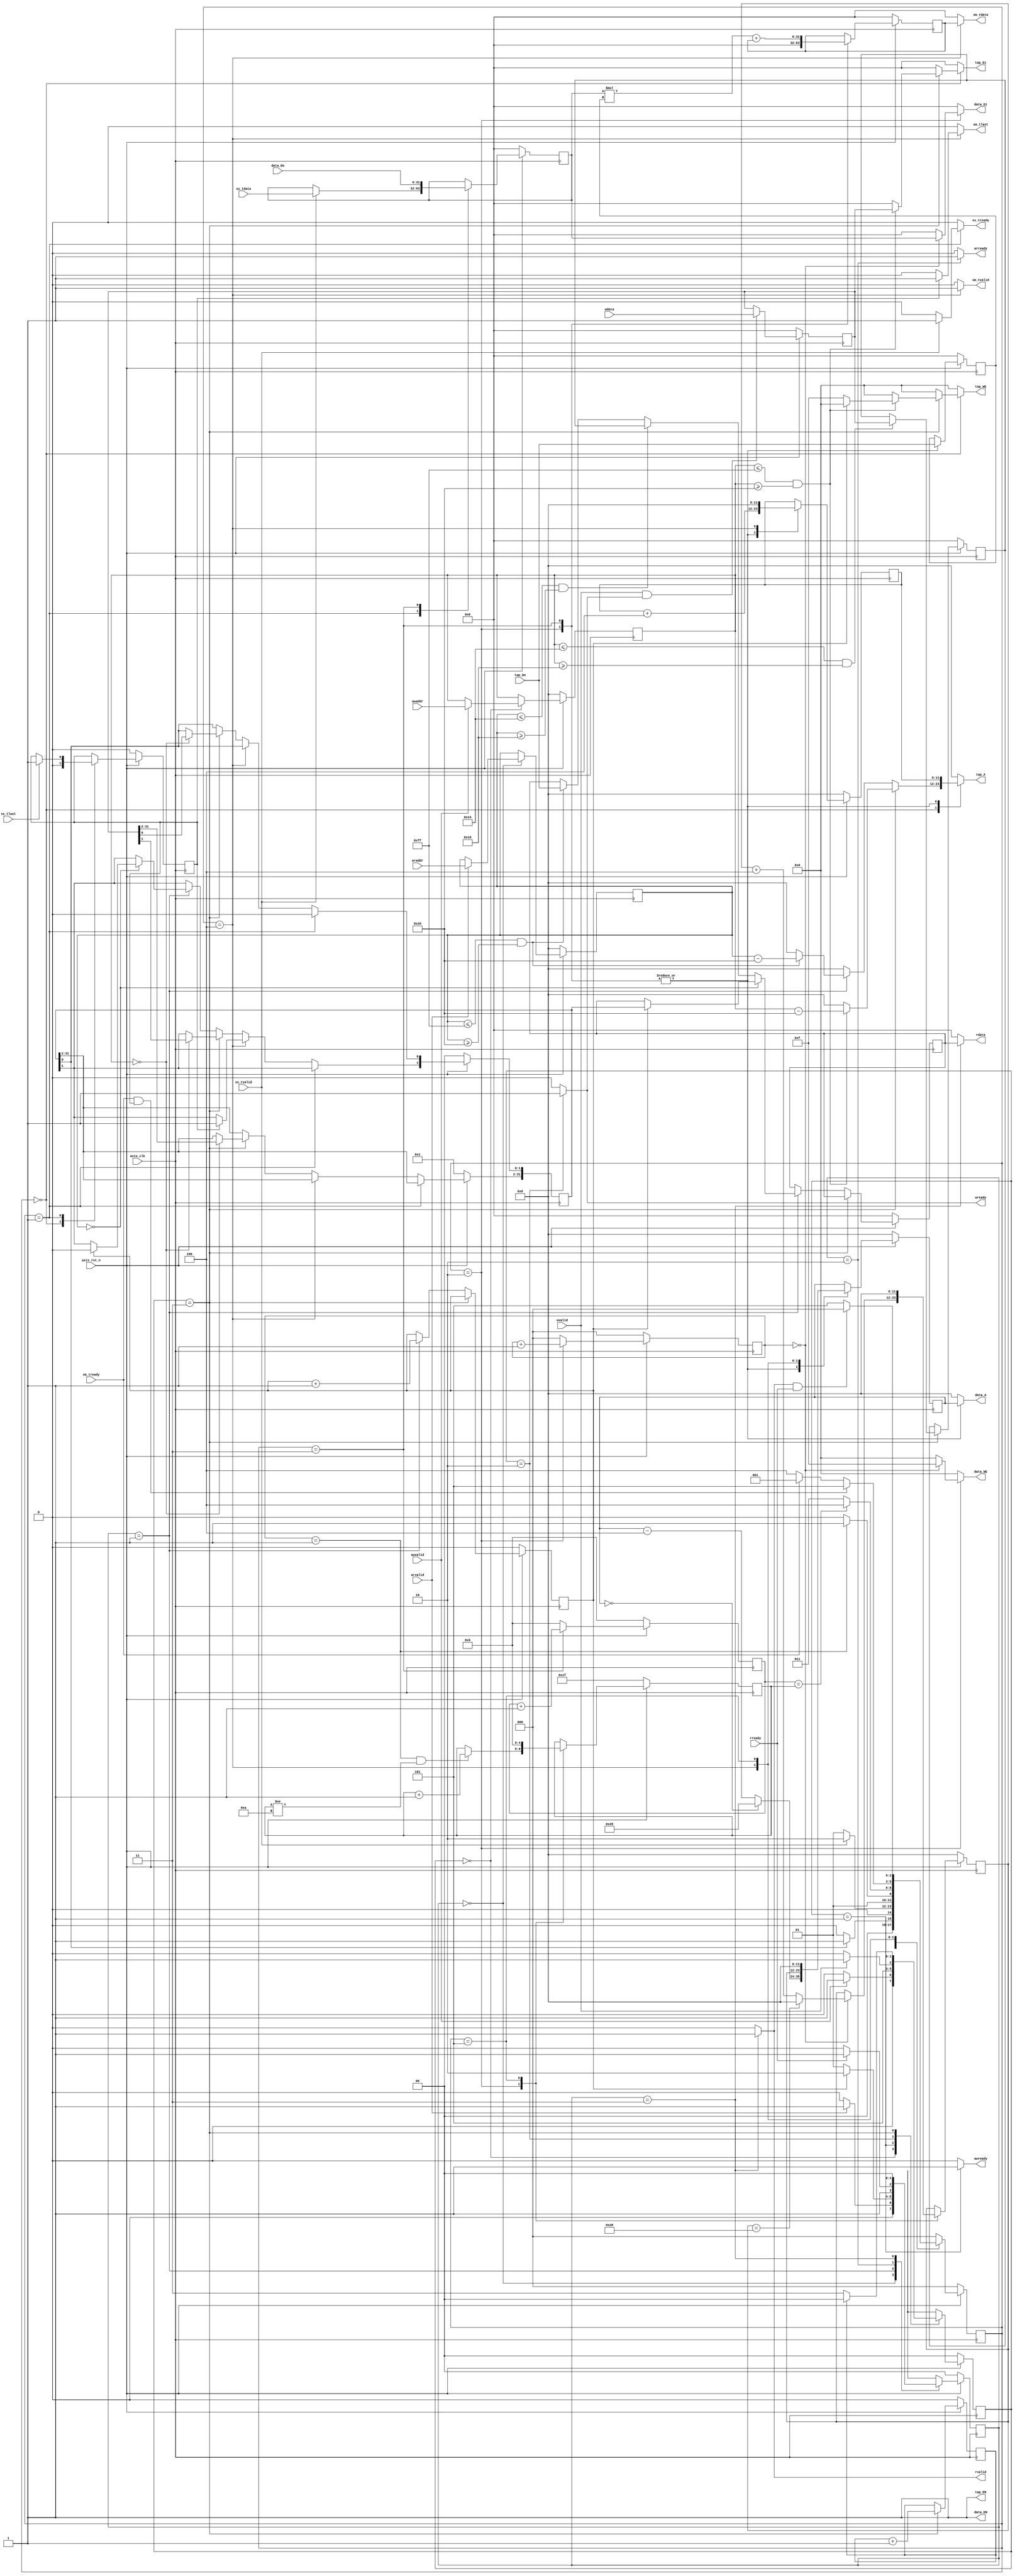
`timescale 1ns / 1ps
module fir 
#(  parameter pADDR_WIDTH = 12,
    parameter pDATA_WIDTH = 32,
    parameter Tape_Num    = 11
)
(
	//AXI Lite
    output  reg                     awready,
    output  reg                     wready,
    input   wire                     awvalid,
    input   wire [(pADDR_WIDTH-1):0] awaddr,
    input   wire                     wvalid,
    input   wire [(pDATA_WIDTH-1):0] wdata,
	
    output  reg                     arready,
    input   wire                     rready,
    input   wire                     arvalid,
    input   wire [(pADDR_WIDTH-1):0] araddr,
    output  reg                     rvalid,
    output  reg [(pDATA_WIDTH-1):0] rdata,
	
	//AXI Stream in
    input   wire                     ss_tvalid, 
    input   wire [(pDATA_WIDTH-1):0] ss_tdata, 
    input   wire                     ss_tlast, 
    output  reg                      ss_tready, 
	
	//AXI Stream out
    input   wire                     sm_tready, 
    output  reg                     sm_tvalid, 
    output  reg [(pDATA_WIDTH-1):0] sm_tdata, 
    output  reg                     sm_tlast, 
    
    // bram for tap RAM
    output  reg [3:0]               tap_WE,
    output  reg                     tap_EN,
    output  reg [(pDATA_WIDTH-1):0] tap_Di,
    output  reg [(pADDR_WIDTH-1):0] tap_A,
    input   wire [(pDATA_WIDTH-1):0] tap_Do,

    // bram for data RAM
    output  reg [3:0]               data_WE,
    output  reg                     data_EN,
    output  reg [(pDATA_WIDTH-1):0] data_Di,
    output  reg [(pADDR_WIDTH-1):0] data_A,
    input   wire [(pDATA_WIDTH-1):0] data_Do,

    input   wire                     axis_clk,
    input   wire                     axis_rst_n
);

parameter ST_IDLE     = 'd0,
		  ST_READ_RAM = 'd1,
		  ST_READ0    = 'd2,
		  ST_READ1    = 'd3;
		  
parameter ST_WRITE0    = 'd1,
		  ST_WRITE1    = 'd2,
		  ST_WRITE_RAM = 'd3;
		  
parameter ST_STREAMIN  = 'd1,
		  ST_RAM       = 'd2,
		  ST_CAL       = 'd3,
		  ST_STREAMOUT = 'd4,
		  ST_DONE	   = 'd5;
		  


reg [1:0]cs_axir, ns_axir;
reg [1:0]cs_axiw, ns_axiw;

reg [(pADDR_WIDTH-1):0] addr_read;
reg [(pADDR_WIDTH-1):0] addr_write;

reg [(pDATA_WIDTH-1):0] data_read;
reg [(pDATA_WIDTH-1):0] data_write;

reg [31:0] ap;
reg [31:0] data_length;


reg flag_ram_write_done;
reg flag_ram_read_done;
reg flag_ss_last;
reg flag_sm_last;

reg [2:0]cs, ns;

reg signed [31:0] data_x;
reg signed [31:0] data_y;

reg signed [31:0] coef;

reg [11:0]index_tap;
reg [11:0]index_data;
reg [11:0]index_tail_data;

reg [2:0]cnt_ram;
reg [4:0]cnt_cal;
reg [4:0]cnt_round;

//AXI Stream out
always@(*)begin
	sm_tdata  = 0;
	sm_tlast  = 0;
	sm_tvalid = 0;
	
	case(cs)
	ST_STREAMOUT:begin
		sm_tdata  = data_y;
		sm_tvalid = 1;
		if(flag_ss_last)begin
			sm_tlast = 1;
		end
		else begin
			sm_tlast = 0;
		end
	end
	endcase
end

always@(posedge axis_clk)begin
	if(!axis_rst_n)begin
		data_y <= 0;
	end
	else begin
		case(cs)
		ST_RAM:begin
			data_y <= 0;
		end
		ST_CAL:begin
			data_y <= data_x * coef + data_y;
		end
		endcase
	end
end


//data ram
//ST_RAM:
//cnt_ram = 0 -> write data into ram
//cnt_ram = 1 -> read data from ram
//ST_CAL:
//read data from ram by address shift


always@(*)begin
	data_WE = 4'b0;
	data_EN = 1'b1;
	data_Di = 32'b0;
	data_A  = 32'b0;
	case(cs)
	ST_RAM:begin
		if(cnt_ram == 'd0)begin
			data_WE = 4'b1111;
			data_Di = data_x;
		end
		else begin
			data_WE = 4'b0;
			data_Di = 0;
		end
		data_A = index_data;
	end
	ST_CAL:begin
		data_A = index_data;
	end
	endcase
end

always@(posedge axis_clk)begin
	if(!axis_rst_n)begin
		index_tail_data <= 12'b0;
	end
	else begin
		case(cs)
		ST_RAM:begin
			if(cnt_ram == 'd0)begin
				if(index_tail_data == 'h28)begin
					index_tail_data <= 0;
				end
				else begin
					index_tail_data <= index_tail_data + 4;
				end
			end
		end
		ST_DONE:begin
			index_tail_data <= 12'b0;
		end
		endcase
	end
end

always@(posedge axis_clk)begin
	if(!axis_rst_n)begin
		index_data <= 12'b0;
	end
	else begin
		case(cs)
		ST_RAM:begin
			if(index_data == 0)begin
				index_data <= 'h28;
			end
			else begin
				index_data <= index_data - 4;
			end
		end
		ST_CAL:begin
			if(index_data == 0)begin
				index_data <= 'h28;
			end
			else begin
				index_data <= index_data - 4;
			end
		end
		ST_STREAMOUT:begin
			index_data <= index_tail_data;
		end
		ST_DONE:begin
			index_data <= 12'b0;
		end
		endcase
	end
end

always@(posedge axis_clk)begin
	if(!axis_rst_n)begin
		cnt_round <= 'hff;
	end
	else begin
		case(cs)
		ST_RAM:begin
			if(cnt_ram == 'd1 && cnt_round != 'd10)begin
				cnt_round <= cnt_round +1;
			end
		end
		ST_DONE:begin
			cnt_round <= 0;
		end
		endcase
	end
end

always@(posedge axis_clk)begin
	if(!axis_rst_n)begin
		cnt_cal <= 0;
	end
	else begin
		case(cs)
		ST_CAL:begin
			cnt_cal <= cnt_cal + 1;
		end
		default:begin
			cnt_cal <= 0;
		end
		endcase
	end
end

always@(posedge axis_clk)begin
	if(!axis_rst_n) cs <= ST_IDLE;
	else 			cs <= ns;
end

always@(*)begin
	case(cs)
	ST_IDLE:begin
		if(ap[0]) ns = ST_STREAMIN;
		else 	  ns = ST_IDLE;
	end
	ST_STREAMIN:begin
		if(ss_tvalid) ns = ST_RAM;
		else 		  ns = ST_STREAMIN;
	end
	ST_RAM:begin
		if(cnt_ram == 'd1) ns = ST_CAL;
		else               ns = ST_RAM;
	end
	ST_CAL:begin
		if(cnt_cal ==  cnt_round) ns = ST_STREAMOUT;
		else 					  ns = ST_CAL;
	end
	ST_STREAMOUT:begin
		if(sm_tready && flag_ss_last) ns = ST_DONE;
		else if(sm_tready) 			  ns = ST_STREAMIN;
		else		  				  ns = ST_STREAMOUT;
	end
	ST_DONE:begin
		if(rvalid && rready) ns = ST_IDLE;
		else 				 ns = ST_DONE;
	end
	default:begin
		ns  = ST_IDLE;
	end
	endcase
end

//AXI Stream in
always@(posedge axis_clk)begin
	if(!axis_rst_n)begin
		data_x <= 0;
	end
	else begin
		case(cs)
		ST_STREAMIN:begin
			if(ss_tvalid)begin
				data_x <= ss_tdata;
			end
		end
		ST_CAL:begin
			data_x <= data_Do;
		end
		endcase
	end
end

always@(*)begin
	ss_tready = 0;
	case(cs)
	ST_STREAMIN:begin
		if(ss_tvalid)begin
			ss_tready = 1;
		end
	end
	endcase
end

always@(posedge axis_clk)begin
	if(!axis_rst_n)begin
		flag_ss_last <= 0;
	end
	else begin
		case(cs)
		ST_IDLE:begin
			flag_ss_last <= 0;
		end
		ST_STREAMIN:begin
			if(ss_tlast)begin
				flag_ss_last <= 1;
			end
		end
		endcase
	end
end

always@(posedge axis_clk)begin
	if(!axis_rst_n)begin
		cnt_ram <= 0;
	end
	else begin
		case(cs)
		ST_RAM:begin
			cnt_ram <= cnt_ram +1;
		end
		default:begin
			cnt_ram <= 0;
		end
		endcase
	end
end



//AXI Lite READ   //Write data to TB
always@(posedge axis_clk)begin
	if(!axis_rst_n) begin
		addr_read <= 0;
	end
	else begin 
		case(cs_axir)
		ST_IDLE:begin
			if(arvalid) addr_read <= araddr;
		end
		endcase
	end
end

always@(*)begin
	arready = 0;
	rvalid  = 0;
	rdata   = 0;
	case(cs_axir)
	ST_IDLE:begin
		arready = 0;
		rvalid  = 0;
		rdata   = 0;
	end
	ST_READ0:begin
		arready = 1;
	end
	ST_READ1:begin
		rvalid = 1;
		rdata = data_read;
	end
	default:begin
		arready = 0;
		rvalid  = 0;
		rdata   = 0;
	end
	endcase
end

always@(posedge axis_clk)begin
	if(!axis_rst_n) cs_axir <= ST_IDLE;
	else 			cs_axir <= ns_axir;
end

always@(*)begin
	case(cs_axir)
	ST_IDLE:begin
		if(arvalid) ns_axir = ST_READ_RAM;
		else 		ns_axir = ST_IDLE;
	end
	ST_READ_RAM:begin
		if(flag_ram_read_done) ns_axir = ST_READ0;
		else 			       ns_axir = ST_READ_RAM;
	end
	ST_READ0:begin
		if(rready) ns_axir = ST_READ1;
		else 	   ns_axir = ST_READ0;
	end
	ST_READ1:begin
		ns_axir = ST_IDLE;
	end
	default:begin
		ns_axir  = ST_IDLE;
	end
	endcase
end


//AXI Lite WRITE   //Read data from TB
always@(posedge axis_clk)begin
	if(!axis_rst_n) begin
		addr_write <= 0;
	end
	else begin 
		case(cs_axiw)
		ST_IDLE:begin
			if(awvalid) addr_write <= awaddr;
		end
		endcase
	end
end
always@(posedge axis_clk)begin
	if(!axis_rst_n)begin
		data_write <= 0;
	end
	else begin
		if(wvalid && wready)begin
			data_write <= wdata;
		end
	end
end

always@(*)begin
	awready = 0;
	wready  = 0;
	case(cs_axiw)
	ST_IDLE:begin
		awready = 0;
		wready  = 0;
	end
	ST_WRITE0:begin
		awready = 1;
	end
	ST_WRITE1:begin
		wready  = 1;
	end
	default:begin
		awready = 0;
		wready  = 0;
	end
	endcase
end

always@(posedge axis_clk)begin
	if(!axis_rst_n) cs_axiw <= ST_IDLE;
	else 			cs_axiw <= ns_axiw;
end

always@(*)begin
	case(cs_axiw)
	ST_IDLE:begin
		if(awvalid) ns_axiw = ST_WRITE0; 
		else 		ns_axiw = ST_IDLE;
	end
	ST_WRITE0:begin
		ns_axiw = ST_WRITE1;
	end
	ST_WRITE1:begin
		if(wvalid) ns_axiw = ST_WRITE_RAM;
		else 	   ns_axiw = ST_WRITE1;
	end
	ST_WRITE_RAM:begin
		if(flag_ram_write_done) ns_axiw = ST_IDLE;
		else 			        ns_axiw = ST_WRITE_RAM;
	end
	default:begin
		ns_axiw  = ST_IDLE;
	end
	endcase
end

//data_read & data_write
//tap coef
always@(posedge axis_clk)begin
	if(!axis_rst_n)begin
		flag_ram_read_done  <= 0;
		flag_ram_write_done <= 0;
		data_length <= 0;
		data_read <= 0;
	end
	else begin
		if(cs_axiw == ST_WRITE_RAM) begin
			if(addr_write <= 'h14 && addr_write >= 'h10)begin
				data_length <= data_write;
			end
			flag_ram_write_done <= flag_ram_write_done + 1;
		end
		else if(cs_axir == ST_READ_RAM) begin
			if(addr_read == 'd0)begin
				if(flag_ram_read_done) begin
					data_read <= ap;
				end
			end
			else if(addr_read <= 'h14 && addr_read >= 'h10)begin
				data_read <= data_length;
			end
			else if(addr_read <= 'hff && addr_read >= 'h20) begin
				data_read <= tap_Do;
			end
			flag_ram_read_done <= flag_ram_read_done + 1;
		end
	end
end

always@(posedge axis_clk)begin
	if(!axis_rst_n)begin
		ap <= {{29{1'b0}},1'b1,1'b0,1'b0};
	end
	else begin
		if(cs == ST_STREAMIN)begin
			ap[0] = 0;
		end
		else if(cs == ST_STREAMOUT)begin
			if(flag_ss_last)begin
				ap[1] = 1;
			end
		end
		else if(cs_axiw == ST_WRITE_RAM) begin
			if(addr_write == 'd0)begin
				ap <= data_write;
			end
		end
		else if(cs_axir == ST_READ_RAM) begin
			if(addr_read == 'd0)begin
				if(flag_ram_read_done) begin
					ap[1] <= 1'b0;
				end
			end
		end
	end
end

always@(*)begin
	tap_WE = 4'b0;
	tap_EN = 1'b1;
	tap_Di = 32'b0;
	tap_A  = 32'b0;
	case(cs)
	ST_IDLE:begin
		if(cs_axiw == ST_WRITE_RAM) begin
			if(addr_write <= 'hff && addr_write >= 'h20) begin
				if(flag_ram_read_done == 'd0)begin
					tap_WE = 4'b1111;
				end
				else begin
					tap_WE = 4'b0000;
				end
				tap_Di = data_write;
				tap_A  = addr_write - 'h20;
			end
		end
		else if(cs_axir == ST_READ_RAM) begin
			if(addr_read <= 'hff && addr_read >= 'h20) begin
				tap_WE = 4'b0;
				tap_EN = 1'b1;
				tap_Di = 32'b0;
				tap_A  = addr_read - 'h20;
			end
		end
	end
	ST_RAM:begin
		tap_A = index_tap;
	end
	ST_CAL:begin
		tap_A = index_tap;
	end
	endcase
end

always@(posedge axis_clk)begin
	if(!axis_rst_n)begin
		coef <= 0;
	end
	else begin
		case(cs)
		ST_RAM:begin
			coef <= tap_Do;
		end
		ST_CAL:begin
			coef <= tap_Do;
		end
		endcase
	end
end

always@(posedge axis_clk)begin
	if(!axis_rst_n)begin
		index_tap <= 12'b0;
	end
	else begin
		case(cs)
		ST_RAM:begin
			index_tap <= index_tap + 4;
		end
		ST_CAL:begin
			index_tap <= index_tap + 4;
		end
		ST_STREAMOUT:begin
			index_tap <= 0;
		end
		endcase
	end
end

endmodule